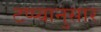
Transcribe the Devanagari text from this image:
टप्प्यानुसार